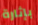
بإثارة